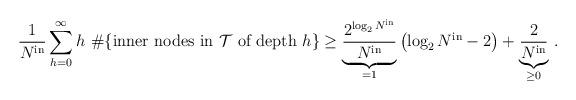
LaTeX: \begin{align*}\frac{1}{N^{\mathrm{in}}} \sum_{h=0}^{\infty} h \ \# \{\mbox{inner nodes in $\mathcal{T}$ of depth }h \} \geq \underbrace{\frac{2^{ \log_2 N^{\mathrm{in}} }}{N^{\mathrm{in}}}}_{=1} \left( \log_2 N^{\mathrm{in}} -2 \right) + \underbrace{\frac{2}{N^{\mathrm{in}}} }_{\geq 0}\,.\end{align*}